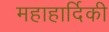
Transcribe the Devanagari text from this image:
महाहार्दिकी